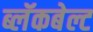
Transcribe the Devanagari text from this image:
ब्लॅकबेल्ट